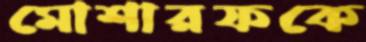
মোশারফকে